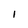
Character: I